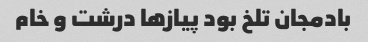
بادمجان تلخ بود پیاز‌ها درشت و خام